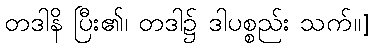
တဒါနိ ပြီး၏၊ တဒါ၌ ဒါပစ္စည်း သက်။]